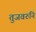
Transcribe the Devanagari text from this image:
तुजवरुनि